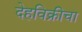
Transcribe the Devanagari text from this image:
देहविक्रीचा